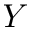
Y